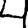
Digit: 4